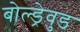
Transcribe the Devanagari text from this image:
बोल्ड्रेवुड